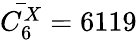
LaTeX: \bar{C_{6}^{X}}=6119